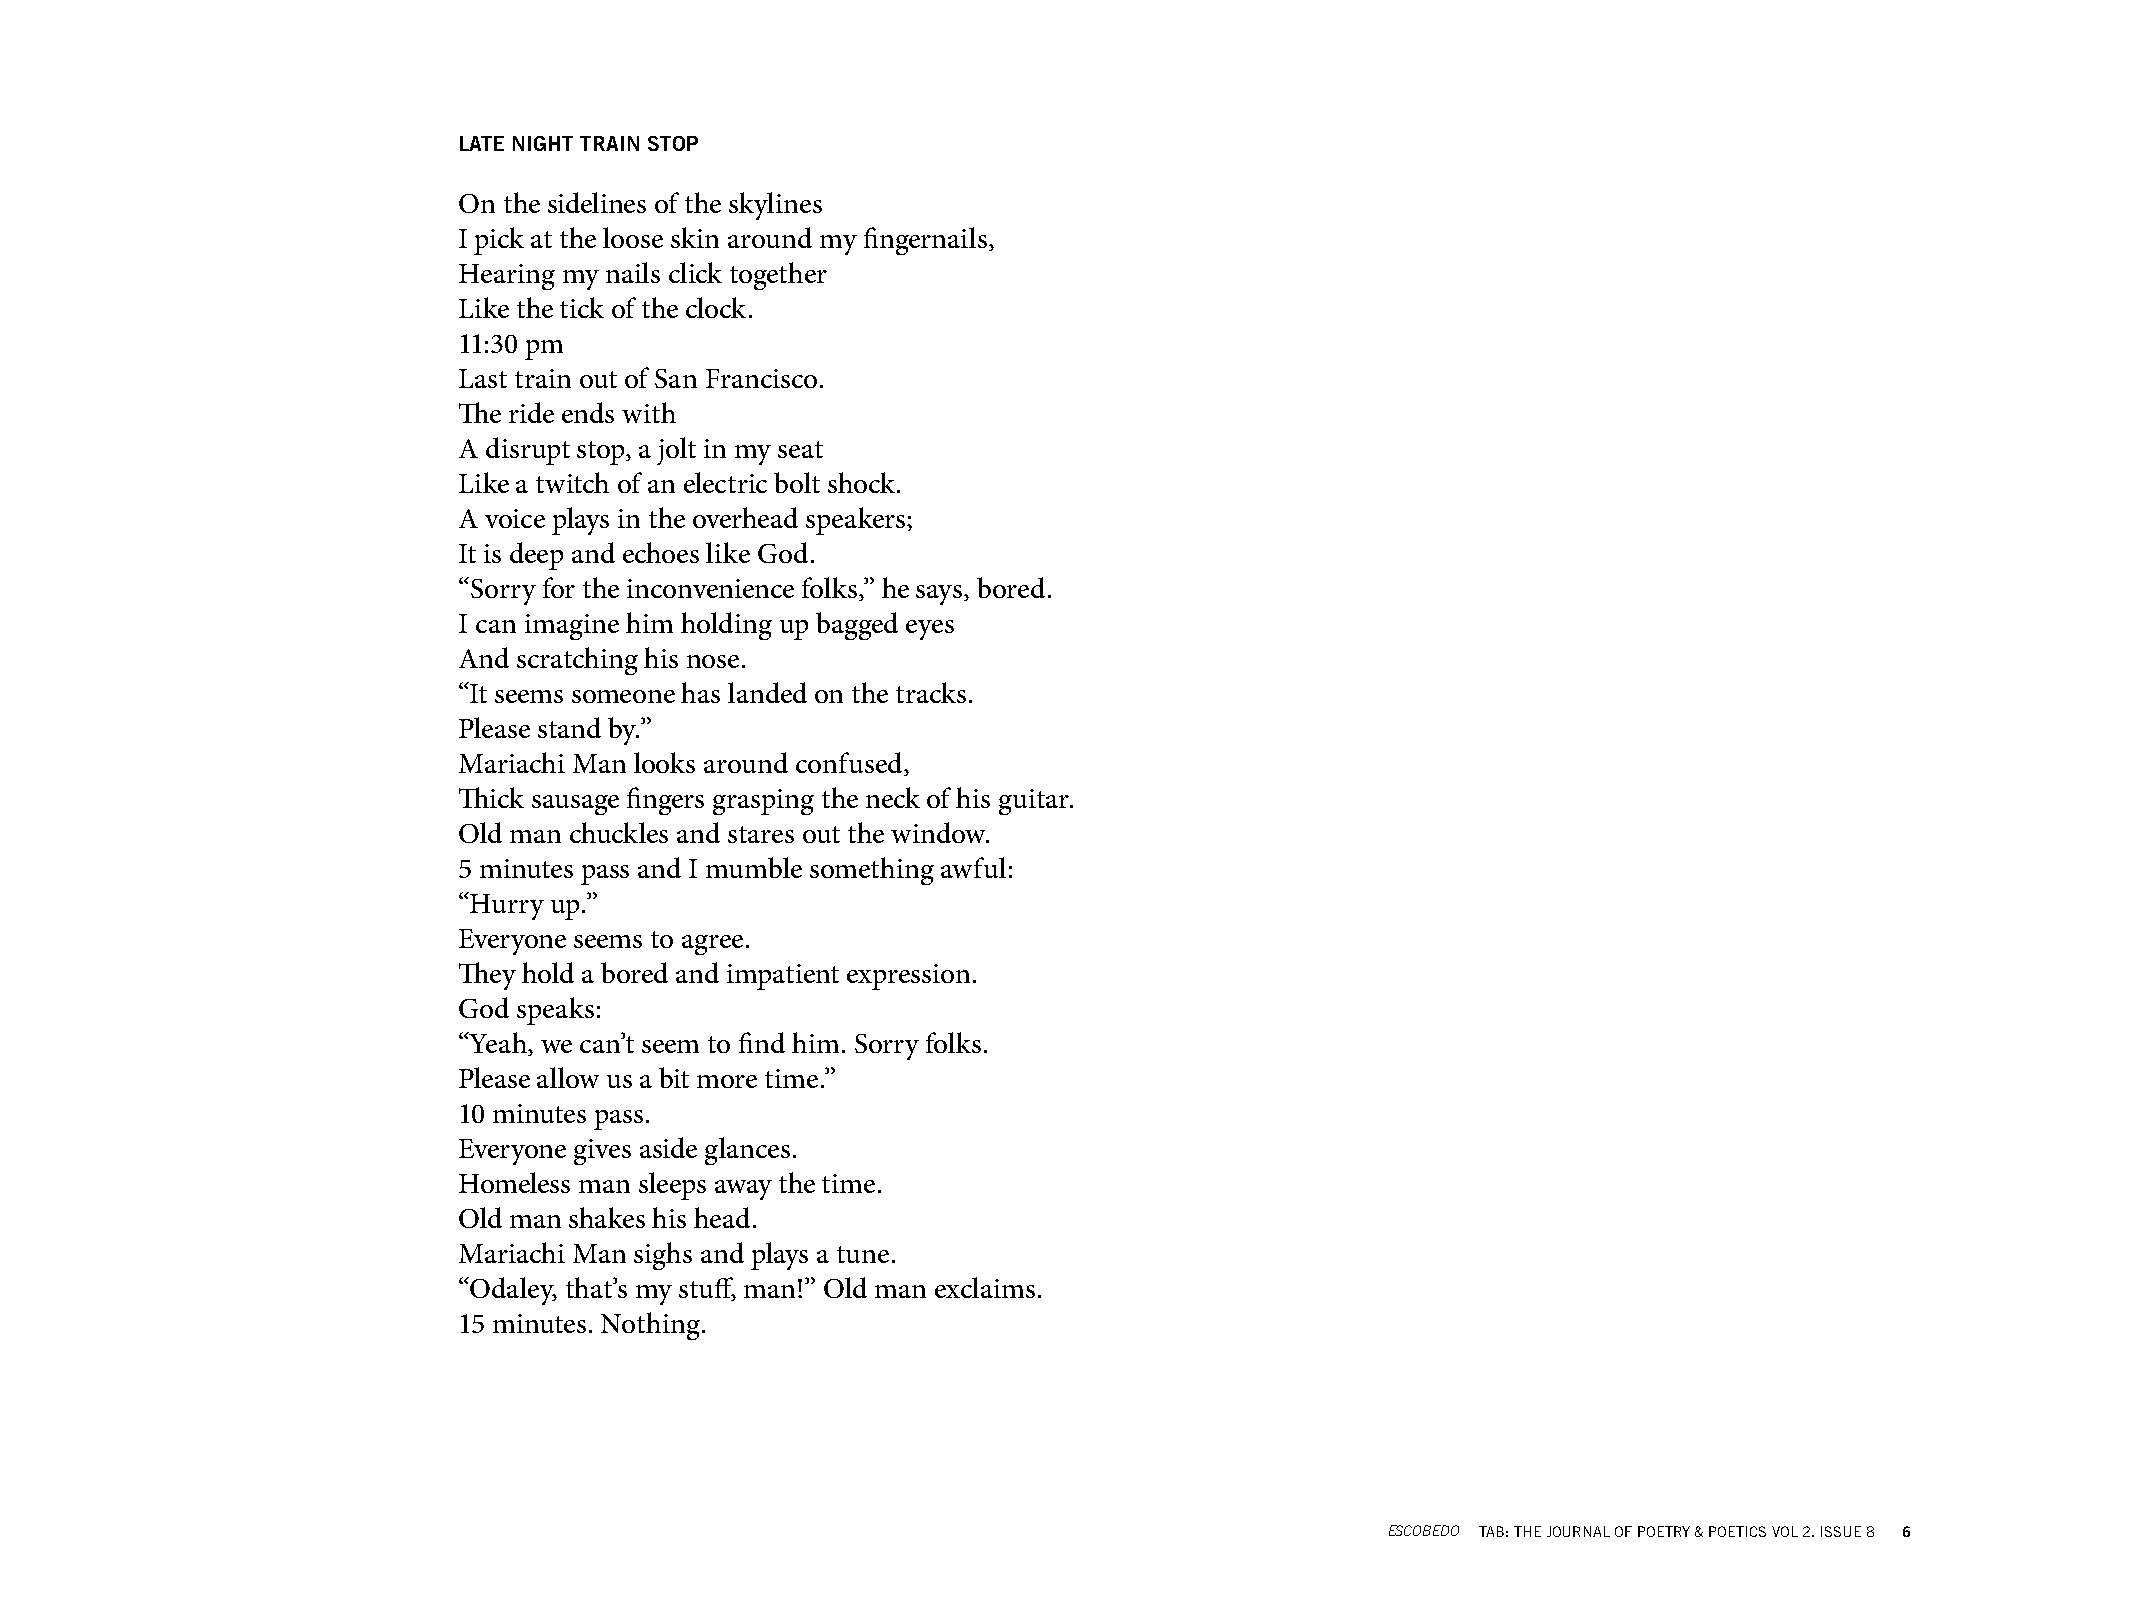
LATE NIGHT TRAIN STOP
 On the sidelines of the skylines
 I pick at the loose skin around my fingernails,
 Hearing my nails click together
 Like the tick of the clock.
 11:30 pm
 Last train out of San Francisco.
 The ride ends with
 A disrupt stop, a jolt in my seat
 Like a twitch of an electric bolt shock.
 A voice plays in the overhead speakers;
 It is deep and echoes like God.
 “Sorry for the inconvenience folks,” he says, bored.
 I can imagine him holding up bagged eyes
 And scratching his nose.
 “It seems someone has landed on the tracks.
 Please stand by.”
 Mariachi Man looks around confused,
 Thick sausage fingers grasping the neck of his guitar.
 Old man chuckles and stares out the window.
 5 minutes pass and I mumble something awful:
 “Hurry up.”
 Everyone seems to agree.
 They hold a bored and impatient expression.
 God speaks:
 “Yeah, we can’t seem to find him. Sorry folks.
 Please allow us a bit more time.”
 10 minutes pass.
 Everyone gives aside glances.
 Homeless man sleeps away the time.
 Old man shakes his head.
 Mariachi Man sighs and plays a tune.
 “Odaley, that’s my stuff, man!” Old man exclaims.
 15 minutes. Nothing.
 ESCOBEDO TAB: THE JOURNAL OF POETRY & POETICS VOL 2. ISSUE 8 6